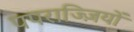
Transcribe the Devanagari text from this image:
पपराज्ज़ियों